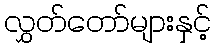
လွှတ်တော်များနှင့်